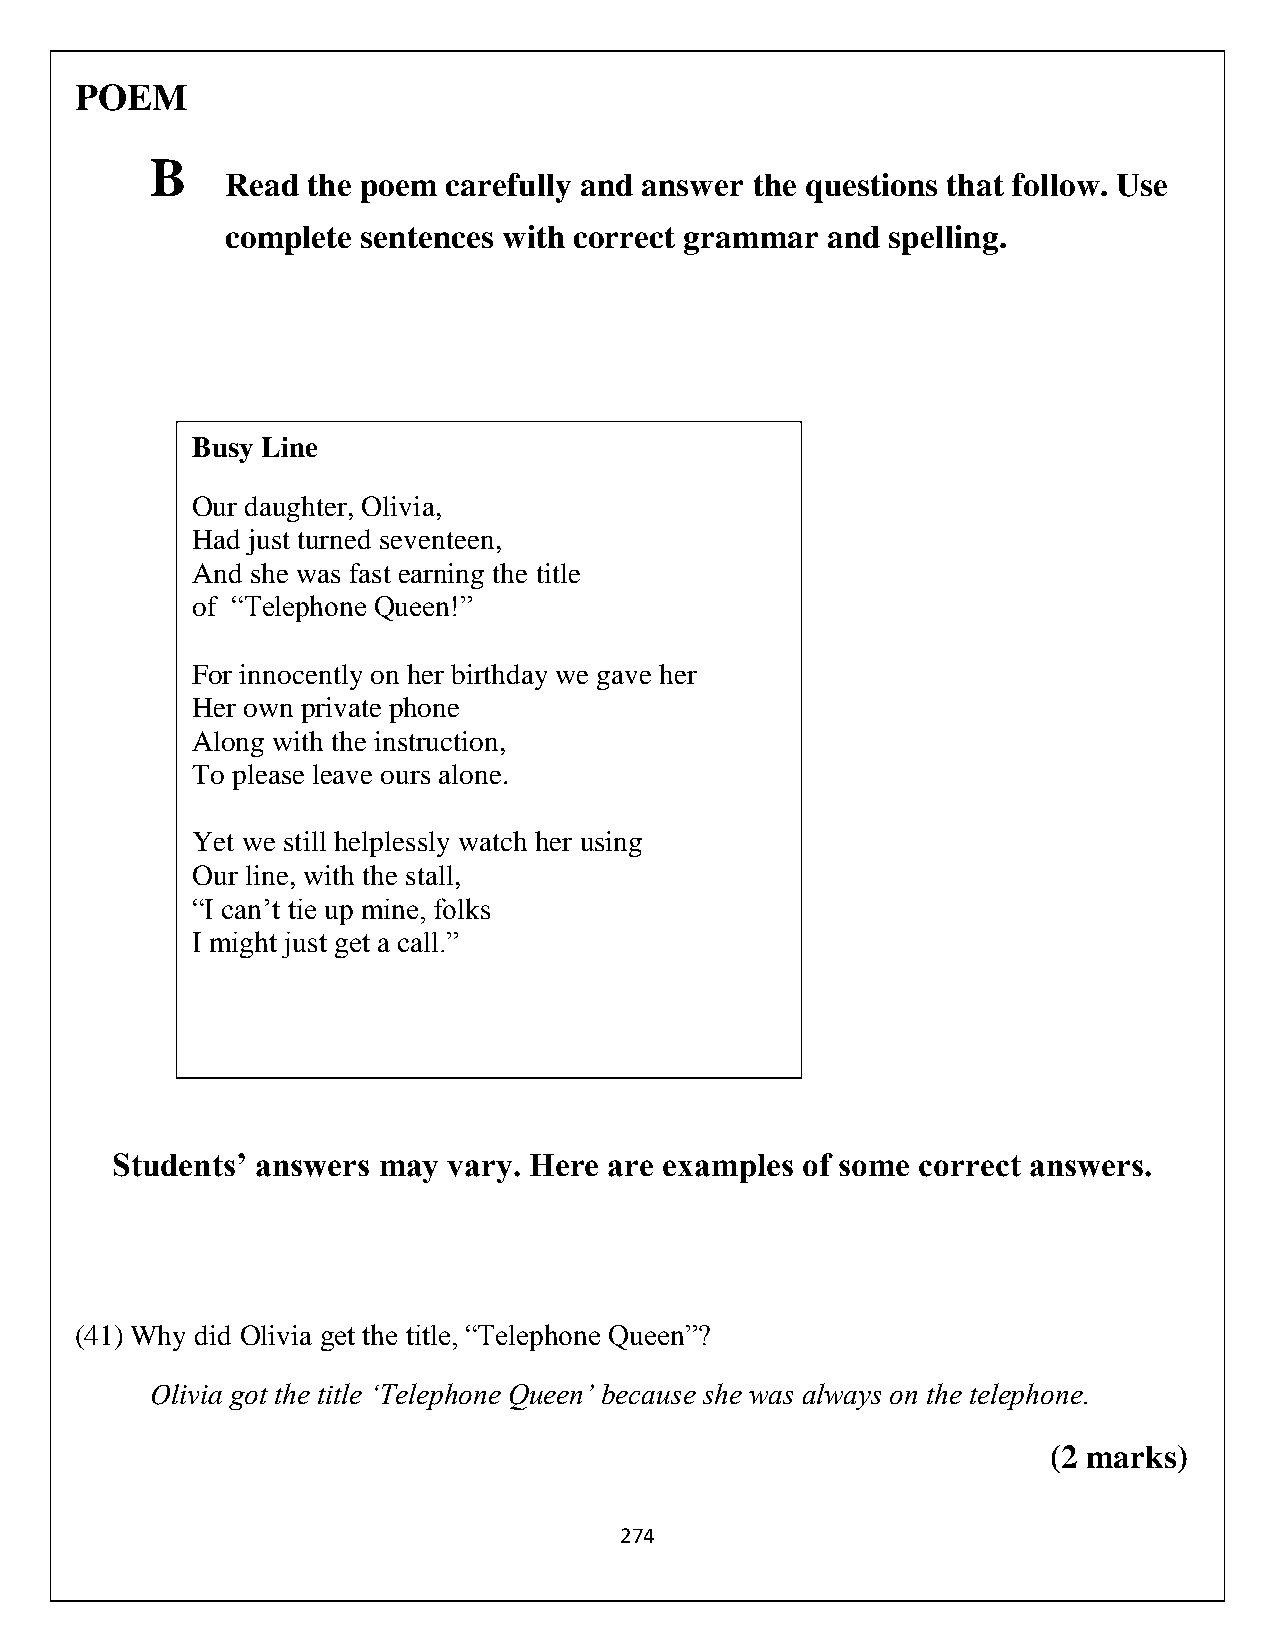
POEM
 B
 Read the poem  carefully and answer the questions that follow. Use
 complete sentences with correct grammar and spelling.
 Busy Line
 Our daughter, Olivia,
 Had just turned seventeen,
 And she was fast earning the title
 of “Telephone Queen!”
 For innocently on her birthday we gave her
 Her own private phone
 Along with the instruction,
 To please leave ours alone.
 Yet we still helplessly watch her using
 Our line, with the stall,
 “I can’t tie up mine, folks
 I might just get a call.”
 Students’ answers may  vary. Here are examples of some correct answers.
 (41) Why did Olivia get the title, “Telephone Queen”?
 Olivia got the title ‘Telephone Queen’ because she was always on the telephone.
 (2 marks)
 274